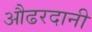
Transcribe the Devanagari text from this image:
औढरदानी